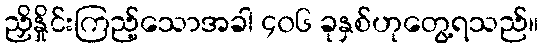
ညှိနှိုင်းကြည့်သောအခါ ၄၀၆ ခုနှစ်ဟုတွေ့ရသည်။